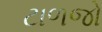
ટાળજો